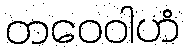
တဝေဝါဟံ